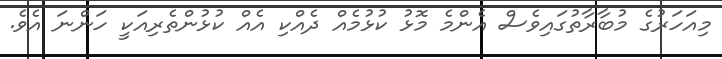
މިއަހަރުގެ މުބާރާތުގައިވެސް އެންމެ މޮޅު ކުޅުމެެއް ދެއްކި އެއް ކުޅުންތެރިއަކީ ހަންނަ އެވެ.